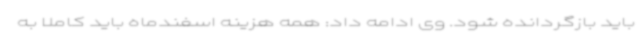
باید بازگردانده شود. وی ادامه داد: همه هزینه اسفندماه باید کاملا به